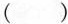
()